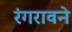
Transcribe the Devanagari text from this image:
रंगरावने